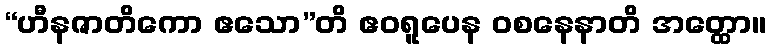
“ဟီနဇာတိကော ဧသော”တိ ဧဝရူပေန ဝစနေနာတိ အတ္ထော။